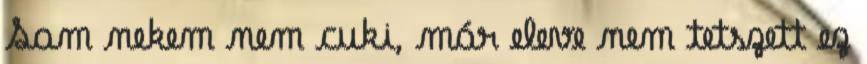
Sam nekem nem cuki, már eleve nem tetszett ez